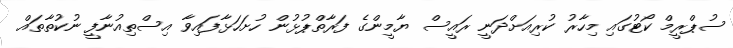
ސުޕްރީމް ކޯޓުގައި މިހާރު ކުރިއަށްދަނީ ރައީސް ޔާމީންގެ ފަރާތްޕުޅުން ހުށަހަޅާފައިވާ އިސްތިއުނާފީ ނުކުތާތައް